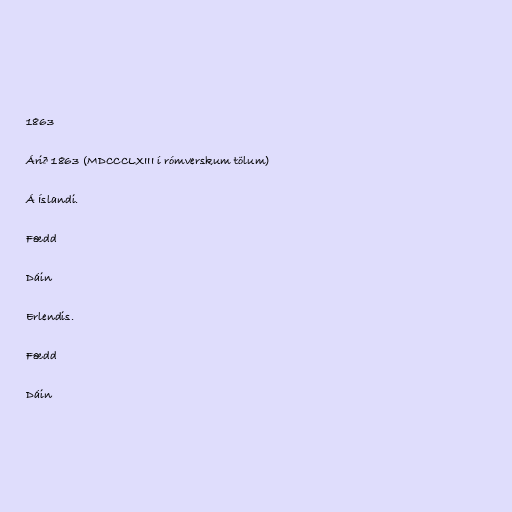
1863

Árið 1863 (MDCCCLXIII í rómverskum tölum)

Á Íslandi.

Fædd

Dáin

Erlendis.

Fædd

Dáin